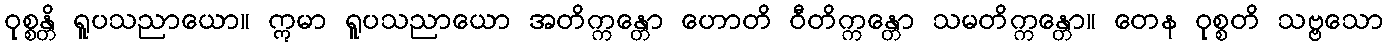
ဝုစ္စန္တိ ရူပသညာယော။ ဣမာ ရူပသညာယော အတိက္ကန္တော ဟောတိ ဝီတိက္ကန္တော သမတိက္ကန္တော။ တေန ဝုစ္စတိ သဗ္ဗသော